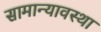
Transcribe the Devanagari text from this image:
सामान्यावस्था